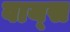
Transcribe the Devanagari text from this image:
वाय्स